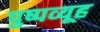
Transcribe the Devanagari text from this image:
पुष्पव्यूह